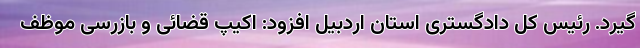
گیرد. رئیس کل دادگستری استان اردبیل افزود: اکیپ قضائی و بازرسی موظف